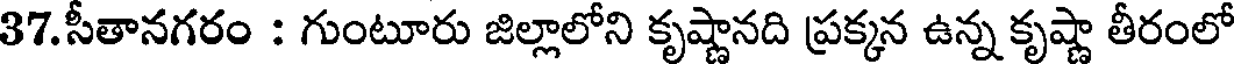
37.సీతానగరం : గుంటూరు జిల్లాలోని కృష్ణానది ప్రక్కన ఉన్న కృష్ణా తీరంలో